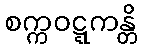
စက္ကဝဋ္ဋကန္တိ